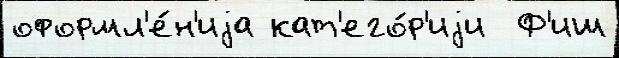
оформл'е́н'иjа кат'его́р'иjи  Ф'иш